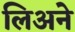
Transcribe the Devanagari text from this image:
लिअने